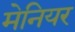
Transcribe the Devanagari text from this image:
मेनियर